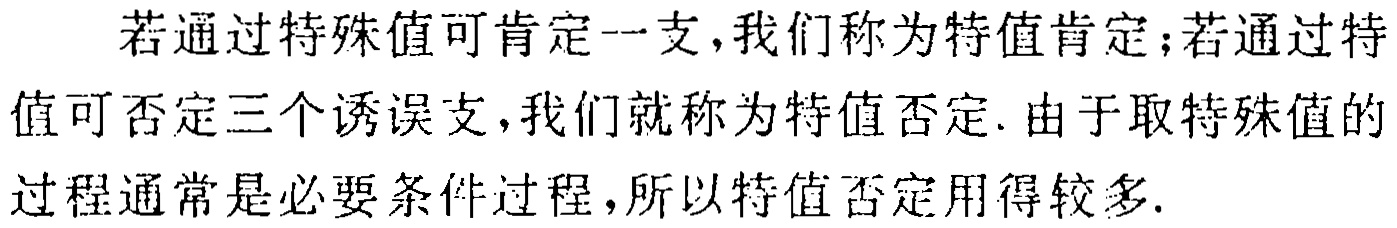
若通过特殊值可肯定一支, 我们称为特值肯定; 若通过特值可否定三个诱误支, 我们就称为特值否定. 由于取特殊值的过程通常是必要条件过程, 所以特值否定用得较多.